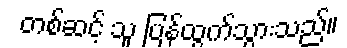
တစ်ဆင့် သူ ပြန်ထွက်သွားသည်။